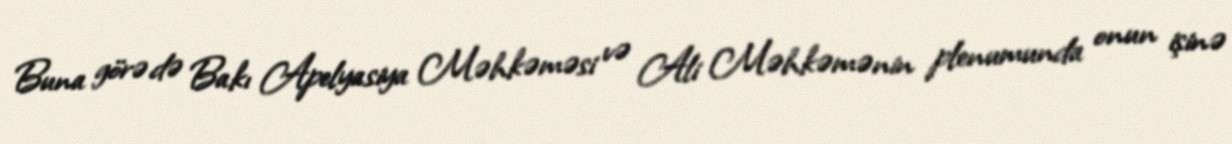
Buna görə də Bakı Apelyasiya Məhkəməsi və Ali Məhkəmənin plenumunda onun işinə